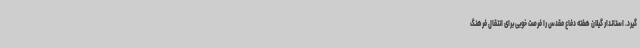
‌گیرد. استاندار گیلان هفته دفاع مقدس را فرصت خوبی برای انتقال فرهنگ